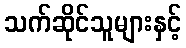
သက်ဆိုင်သူများနှင့်